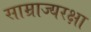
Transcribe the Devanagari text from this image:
साम्राज्यरक्षा